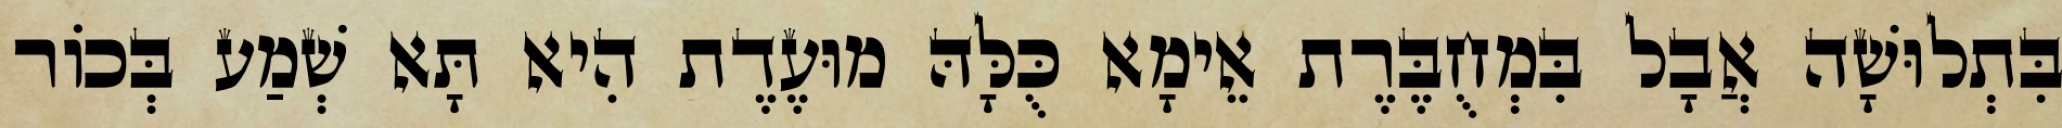
בִּתְלוּשָׁה אֲבָל בִּמְחֻבֶּרֶת אֵימָא כֻּלָּהּ מוּעֶדֶת הִיא תָּא שְׁמַע בְּכוֹר